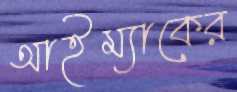
আইম্যাকের